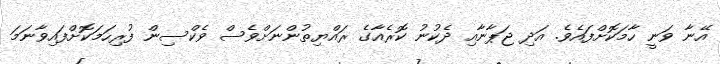
އޭނާ ވަނީ ހާމަކޮށްފައެވެ. އަދި ޖަޕާނާއި ދެކުނު ކޮރެއާގެ ރައްޔިތުންނަށްވެސް ވެކްސިން ފުރިހަމަކޮށްފައިވާނަމަ